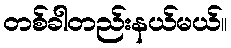
တစ်ခါတည်းနယ်မယ်။